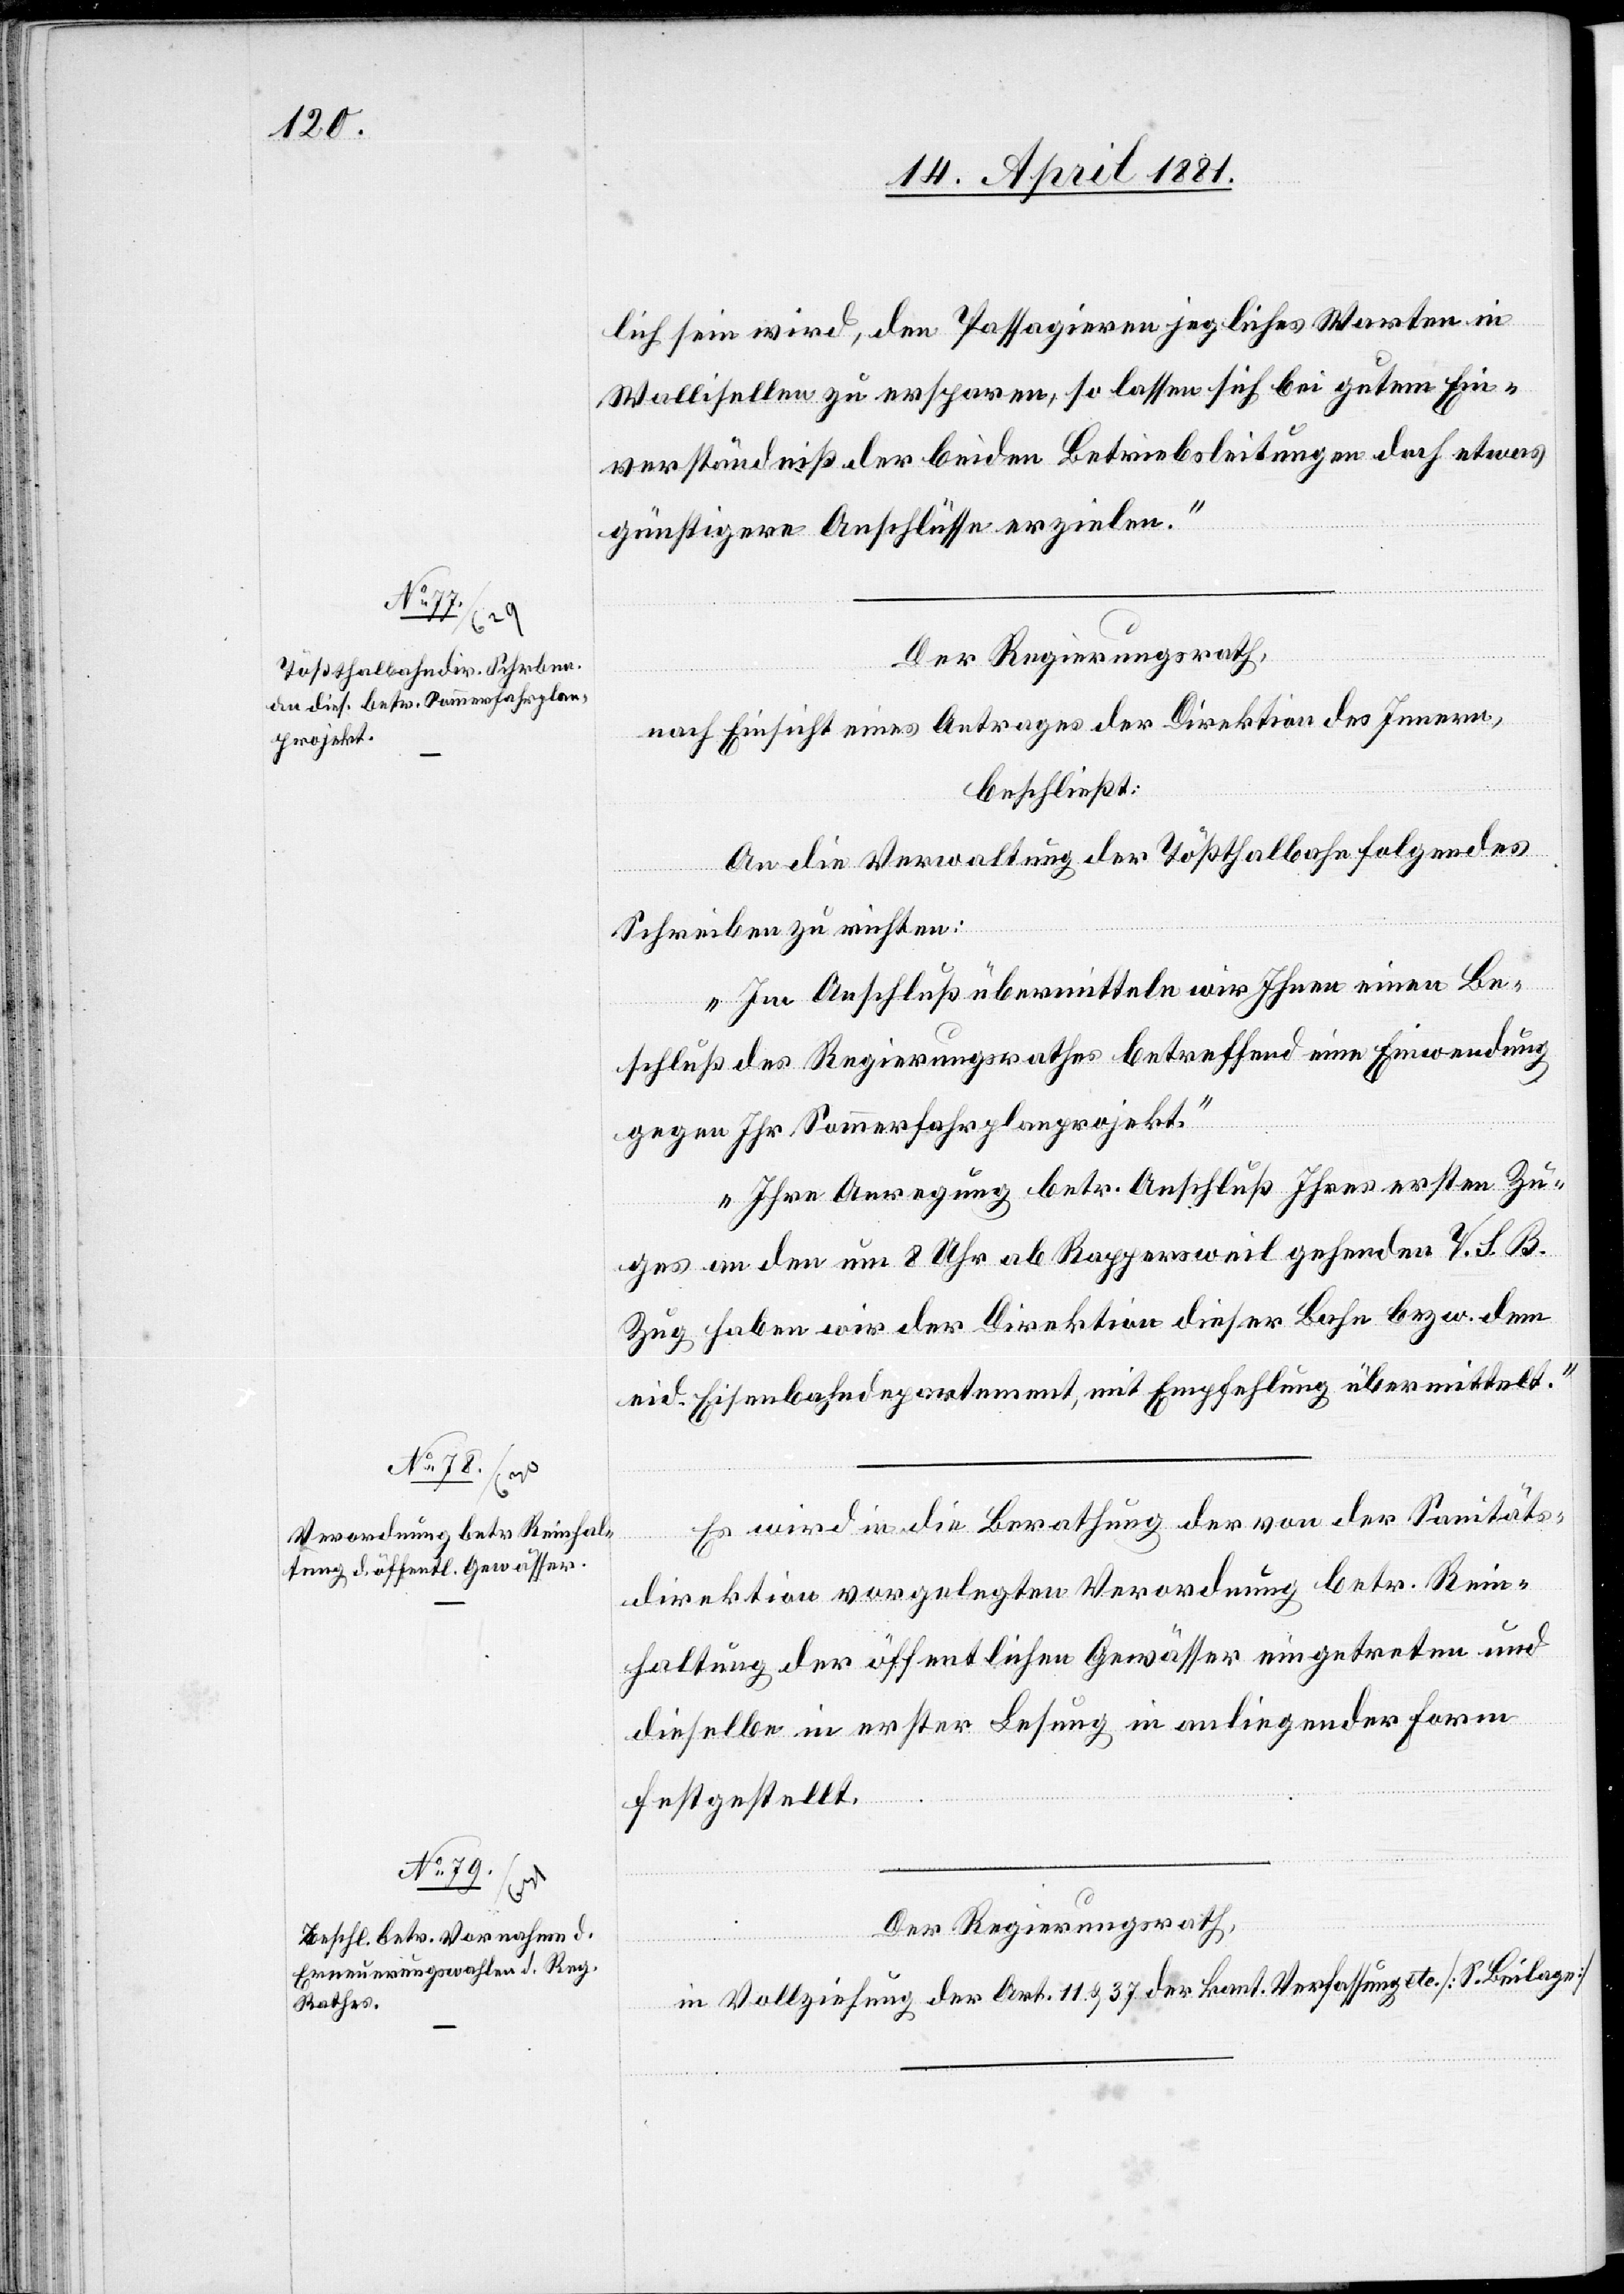
doch etwas
Be¬

lich sein wird, den Passagieren jegliches Warten in
Wallisellen zu ersparen, so lassen sich bei gutem Ein¬
günstigere Anschlüsse erzielen.“
Der Regierungsrath,
nach Einsicht eines Antrages der Direktion des Innern,
beschließt:
An die Verwaltung der Tößthalbahn folgendes
Schreiben zu richten:
„In Anschluß übermitteln wir Ihnen einen Be¬
schluß des Regierungsrathes betreffend eine Einwendung
gegen Ihr Sommerfahrplanprojekt.
Ihre Anregung betr. Anschluß Ihres ersten Zu¬
ges an den um 8 Uhr ab Rappersweil gehenden V. S. B.
Zug haben wir der Direktion dieser Bahn bezw. dem
eid. Eisenbahndepartement, mit Empfehlung übermittelt.“
Es wird in die Berathung der von der Sanitäts¬
direktion vorgelegten Verordnung betr. Rein¬
haltung der öffentlichen Gewässer eingetreten und
dieselbe in erster Lesung in anliegender Form
festgestellt.